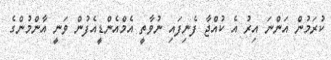
ކުރަމުން އަންނަ އިރު އެ ކުއްޖާ ފެނިފައި ނުވާތީ އެމްއެންޑީއެފުން ވަނީ އާންމުންގެ